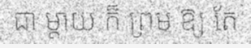
ជា ម្តាយ ក៏ ព្រម ឱ្យ តែ